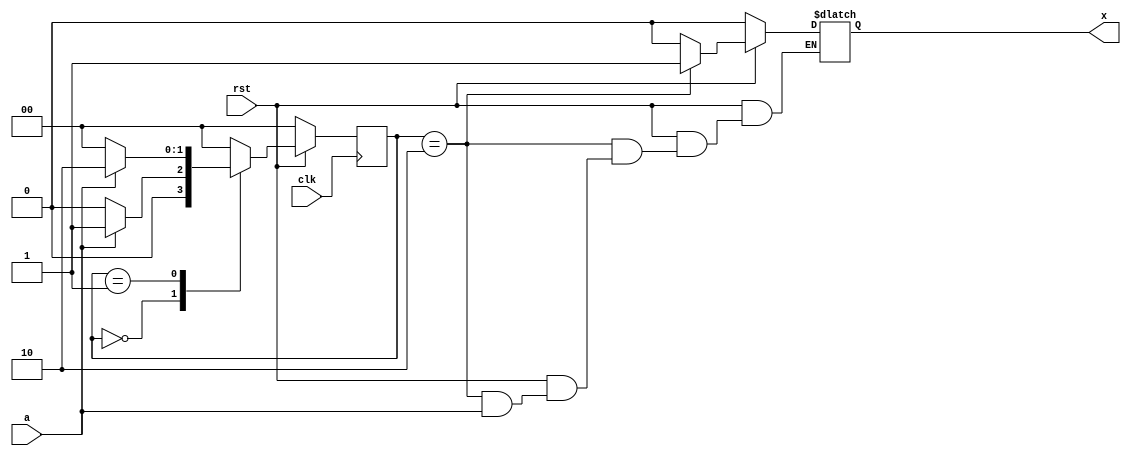
module ml(input a,input clk,input rst,output reg x);
parameter A=0;
parameter B=1;
parameter C=2;
reg [1:0] state;
reg [1:0] nstate;
always@(posedge clk) begin
	if(!rst)
		state<=A;
	else 
		state<=nstate;
end
always@(*) begin
	nstate=A;
	case(state) 
	A:nstate=a?B:A;
	B:nstate=a?C:A;
	C:nstate=A;
	endcase
end
always@(state) begin
	if(!rst)
		x=0;
	else if(state==C) begin
		if(a==0)
			x=1;
		end
	else
		x=0;
end
endmodule